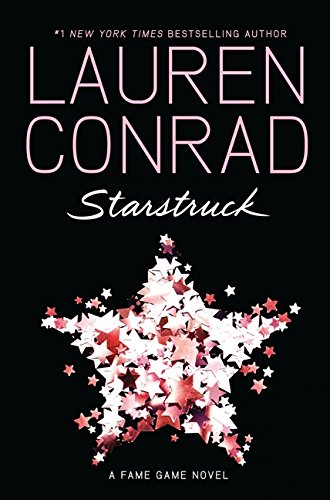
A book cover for Starstruck (Fame Game); Lauren Conrad; Teen & Young Adult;